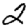
Digit: 2